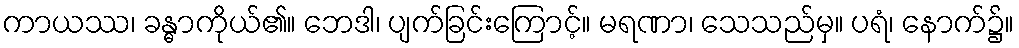
ကာယဿ၊ ခန္ဓာကိုယ်၏။ ဘေဒါ၊ ပျက်ခြင်းကြောင့်။ မရဏာ၊ သေသည်မှ။ ပရံ၊ နောက်၌။